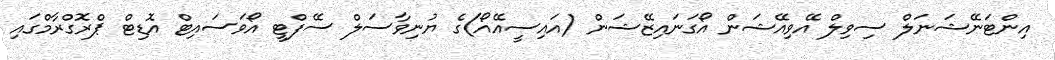
އިންޓަނޭޝަނަލް ސިވިލް އޭވިއޭޝަން އޯގަނައިޒޭޝަން (އައިސީއޭއޯ)ގެ ޔުނިވާސަލް ސޭފްޓީ އޯވަސައިޓް އޮޑިޓް ޕްރޮގްރާމްގައި